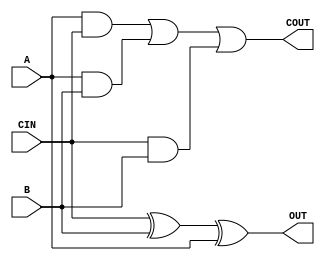
module fa(OUT,COUT,CIN,A,B);
	output OUT,COUT;
	input A,B,CIN;
	//CARRY_OUT
	and C1(out_1,A,CIN);
	and C2(out_2,A,B);
	and C3(out_3,CIN,B);
	or C4(out_4,out_1,out_2);
	or C5(COUT,out_4,out_3);
	
	//SAIDA
	xor S5(out_5,CIN,B);
	xor S6(OUT,out_5,A);
endmodule